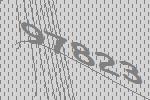
97823